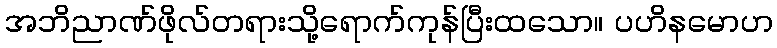
အဘိညာဏ်ဖိုလ်တရားသို့ရောက်ကုန်ပြီးထသော။ ပဟိနမောဟ